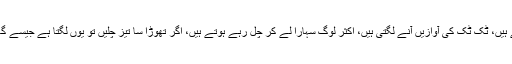
گھٹنے سوج جاتے ہیں، ٹک ٹک کی آوازیں آنے لگتی ہیں، اکثر لوگ سہارا لے کر چل رہے ہوتے ہیں، اگر تھوڑا سا تیز چلیں تو یوں لگتا ہے جیسے گھٹنا ٹوٹ جائے گا۔